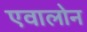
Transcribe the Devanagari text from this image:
एवालोन